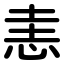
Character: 恚